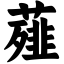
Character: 薤